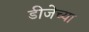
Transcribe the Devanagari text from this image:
डीजेच्या